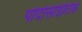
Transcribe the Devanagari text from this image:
पोदोसाईटिक